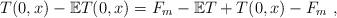
LaTeX: \begin{align*}T(0,x)-\mathbb{E}T(0,x) = F_m-\mathbb{E}T + T(0,x)-F_m\ ,\end{align*}